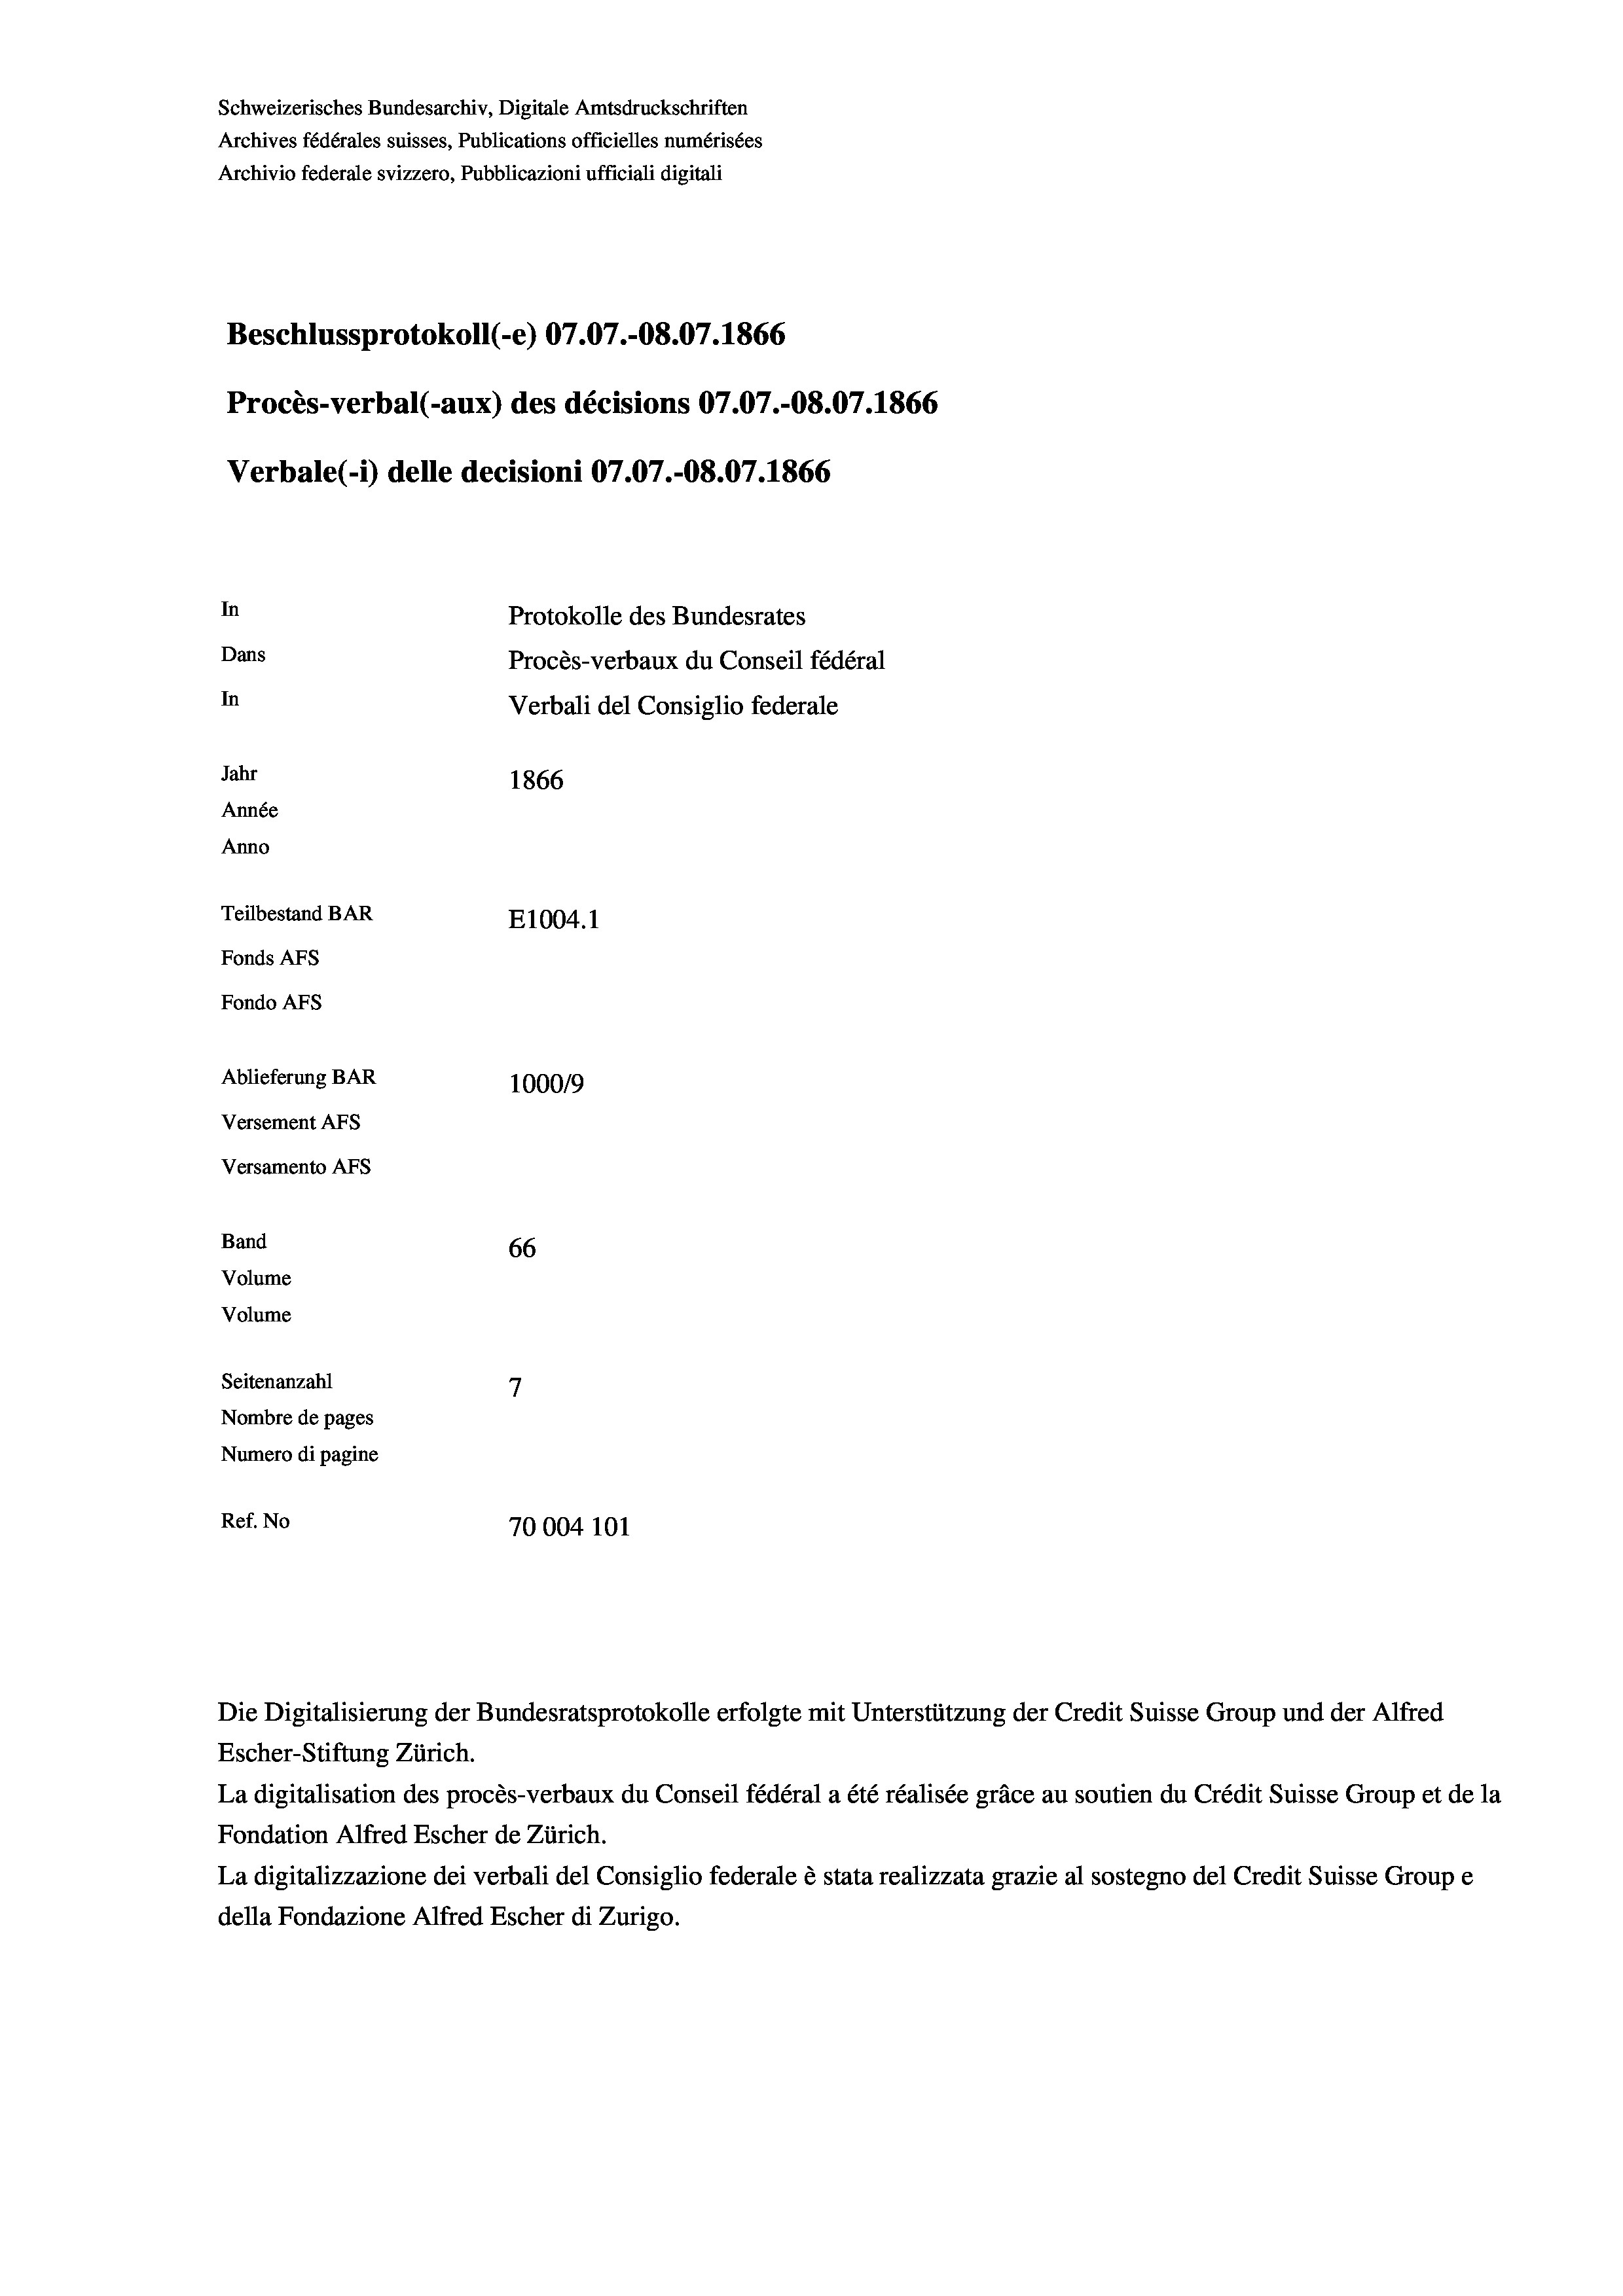
Schweizerisches Bundesarchiv, Digitale Amtsdruckschriften
Archives fédérales suisses, Publications officielles numérisées
Archivio federale svizzero, Pubblicazioni ufficiali digitali
Beschlussprotokoll (-e) 07.07.-O8.07. 1866
Procès-verbal (-aux) des décisions 07.07.-O8.07. 1866
Verbale (i) delle decisioni 07.07.-O8.07. 1866
In
Protokolle des Bundesrates
Dans
Procès-verbaux du Conseil fédéral
In
Verbali del Consiglio federale
Jahr
1866
Année
Anno
Teilbestand BAR
E1004. 1
Fonds AFs
Fondo Afs
Ablieferung BAR
100019
Versement AFs

Versamento AFs
Band
Volume
Volume
Seitenanzahl

66
7
Nombre de pages
Numero di pagine
Ref. No
70004 101

Escher-Stiftung Zürich.
La digitalisation des procès-verbaux du Conseil fédéral a été réalisée gräce au soutien du Crédit Suisse Group et de la
Fondation Alfred Escher de Zürich.
La digitalizzazione dei verbali del Consiglio federale è stata realizzata grazie al sostegno del Credit Suisse Groupe
della Fondazione Alfred Escher di Zurigo.

Die Digitalisierung der Bundesratsprotokolle erfolgte mit Unterstützung der Credit Suisse Group und der Alfred